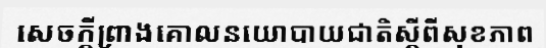
សេចក្តីព្រាងគោលនយោបាយជាតិស្តីពីសុខភាព